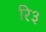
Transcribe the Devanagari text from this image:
रि३